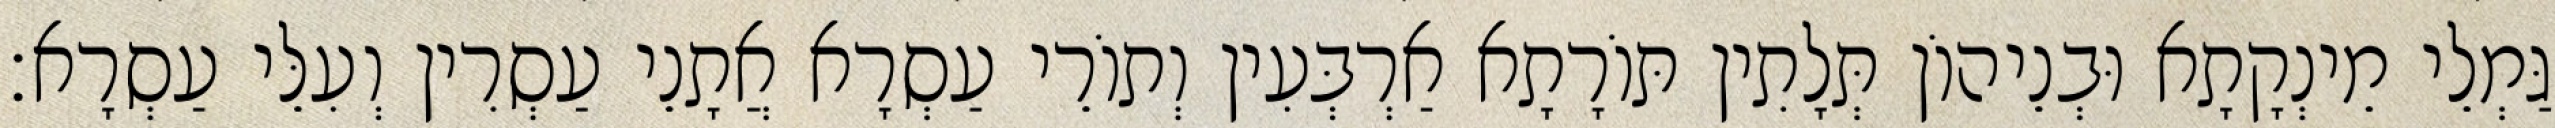
גַּמְלֵי מֵינְקָתָא וּבְנֵיהוֹן תְּלָתִין תּוֹרָתָא אַרְבְּעִין וְתוֹרֵי עַסְרָא אֲתָנֵי עַסְרִין וְעִלֵּי עַסְרָא׃